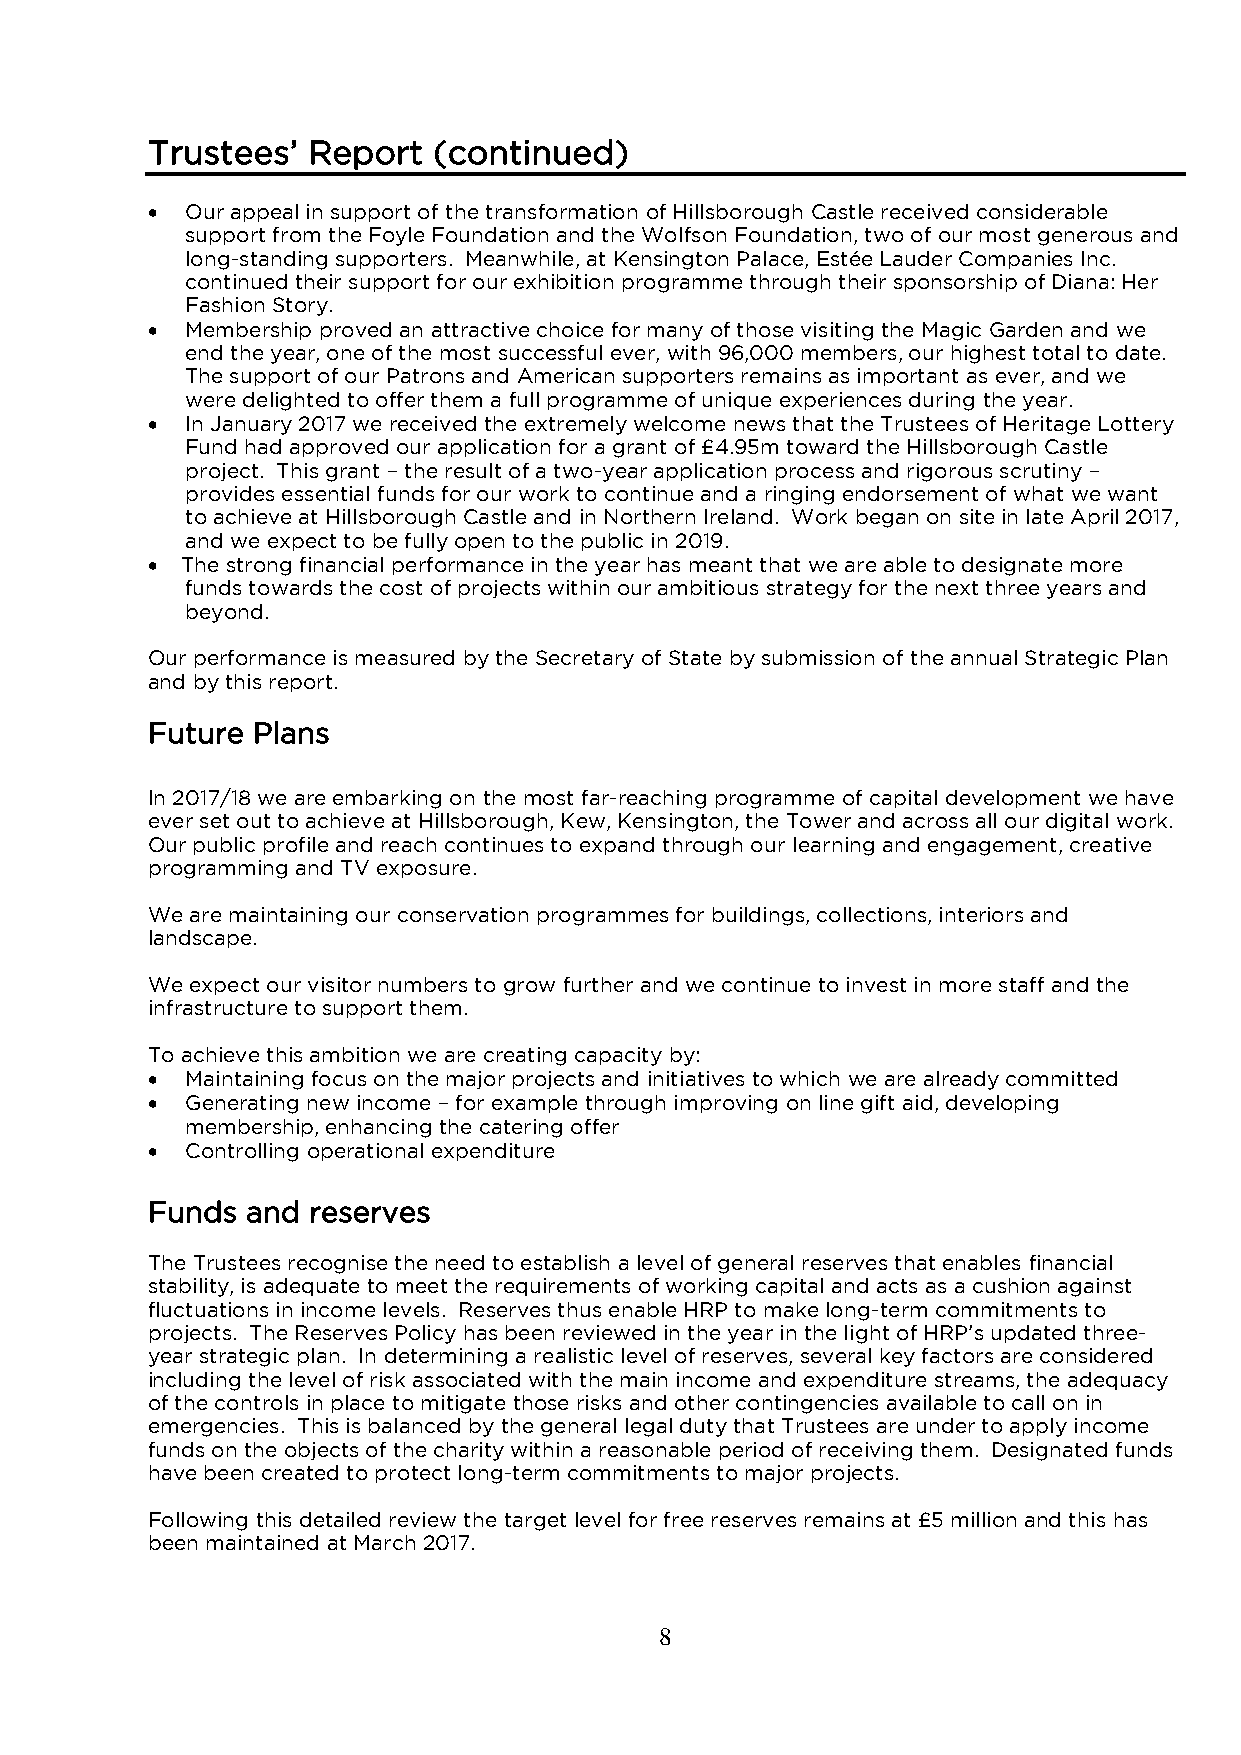
Trustees’ Report   (continued)
  Our appeal in support of the transformation of Hillsborough Castle received considerable
 support from the Foyle Foundation and the Wolfson Foundation, two of our most generous and
 long-standing supporters. Meanwhile, at Kensington Palace, Estée Lauder Companies Inc.
 continued their support for our exhibition programme through their sponsorship of Diana: Her
 Fashion Story.
  Membership proved an attractive choice for many of those visiting the Magic Garden and we
 end the year, one of the most successful ever, with 96,000 members, our highest total to date.
 The support of our Patrons and American supporters remains as important as ever, and we
 were delighted to offer them a full programme of unique experiences during the year.
  In January 2017 we received the extremely welcome news that the Trustees of Heritage Lottery
 Fund had approved our application for a grant of £4.95m toward the Hillsborough Castle
 project. This grant – the result of a two-year application process and rigorous scrutiny –
 provides essential funds for our work to continue and a ringing endorsement of what we want
 to achieve at Hillsborough Castle and in Northern Ireland. Work began on site in late April 2017,
 and we expect to be fully open to the public in 2019.
  The strong financial performance in the year has meant that we are able to designate more
 funds towards the cost of projects within our ambitious strategy for the next three years and
 beyond.
 Our performance is measured by the Secretary of State by submission of the annual Strategic Plan
 and by this report.
 Future Plans
 In 2017/18 we are embarking on the most far-reaching programme of capital development we have
 ever set out to achieve at Hillsborough, Kew, Kensington, the Tower and across all our digital work.
 Our public profile and reach continues to expand through our learning and engagement, creative
 programming and TV exposure.
 We are maintaining our conservation programmes for buildings, collections, interiors and
 landscape.
 We expect our visitor numbers to grow further and we continue to invest in more staff and the
 infrastructure to support them.
 To achieve this ambition we are creating capacity by:
  Maintaining focus on the major projects and initiatives to which we are already committed
  Generating new income – for example through improving on line gift aid, developing
 membership, enhancing the catering offer
  Controlling operational expenditure
 Funds and reserves
 The Trustees recognise the need to establish a level of general reserves that enables financial
 stability, is adequate to meet the requirements of working capital and acts as a cushion against
 fluctuations in income levels. Reserves thus enable HRP to make long-term commitments to
 projects. The Reserves Policy has been reviewed in the year in the light of HRP’s updated three-
 year strategic plan. In determining a realistic level of reserves, several key factors are considered
 including the level of risk associated with the main income and expenditure streams, the adequacy
 of the controls in place to mitigate those risks and other contingencies available to call on in
 emergencies. This is balanced by the general legal duty that Trustees are under to apply income
 funds on the objects of the charity within a reasonable period of receiving them. Designated funds
 have been created to protect long-term commitments to major projects.
 Following this detailed review the target level for free reserves remains at £5 million and this has
 been maintained at March 2017.
 8